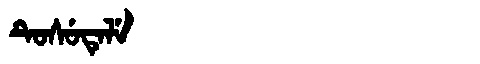
Manchu: ᡨᡠᠰᡠᡨᡝᠯᡝ
Romanization: TUSUTELE